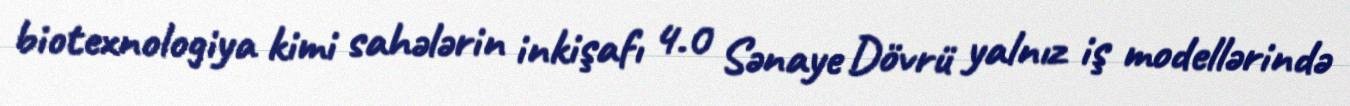
biotexnologiya kimi sahələrin inkişafı 4.0 Sənaye Dövrü yalnız iş modellərində